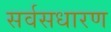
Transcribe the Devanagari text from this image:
सर्वसधारण